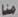
منا